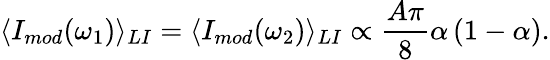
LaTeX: \langle I_{mod}(\omega_{1})\rangle_{LI}=\langle I_{mod}(\omega_{2})\rangle_{LI}\propto\frac{A\pi}{8}\alpha\left(1-\alpha\right).